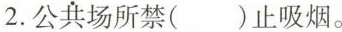
2.公共场所禁( )止吸烟。